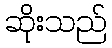
ဆိုးသည်